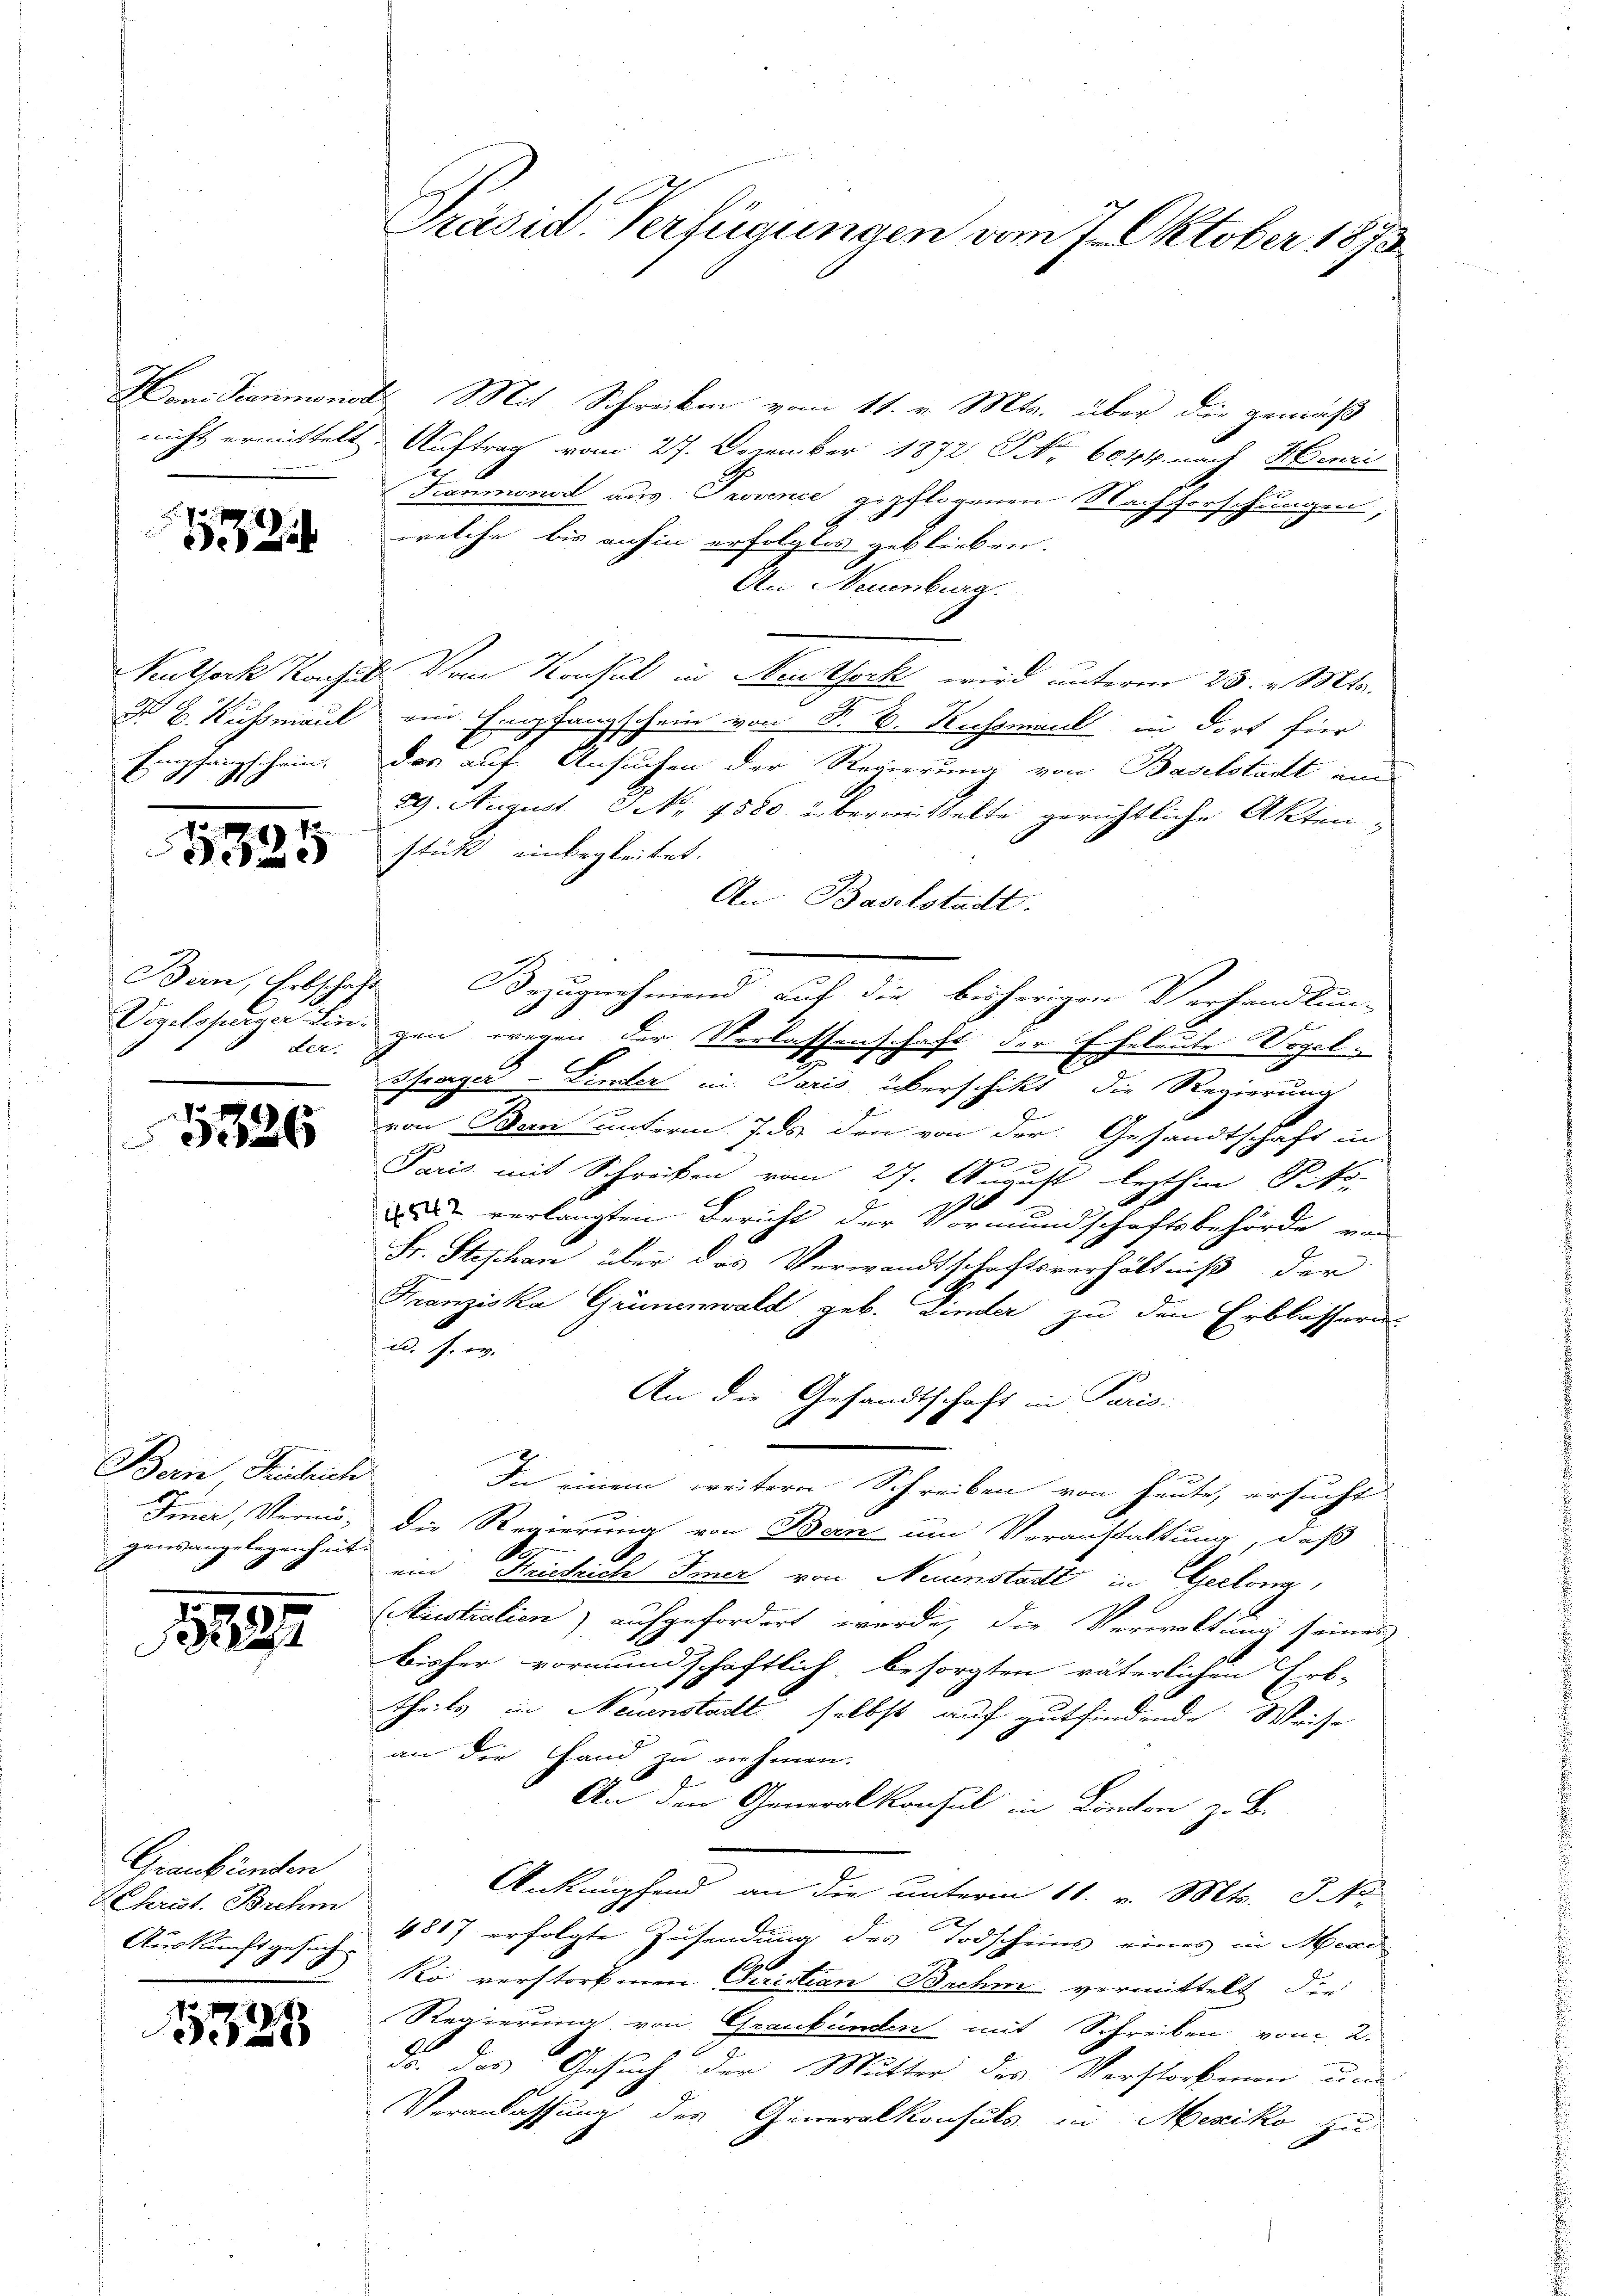
Honi Reaumonio.
nicht ermittelt

24

Neithork Konsur
D. B. Kussmaul
Empfangschein.

5335

Ban, Erbschaf
Vogelsperger Lin-
der.

5326

Bern Kurich
Immer, Vermögensangelegenheit.

1827

Graubünden
Christ. Brehm
Auskunft gesuch.

1323

Präsid. Verfügungen vom 7. Oktober 1873.

2 Mit Schreiben vom 11. v. Mts. über die gemäß
Auftrag vom 27. Dezember 1872 No 6044. nach Henri
Tramonat aus Provence gepflogenen Nachforschungen,
welche bis anhin erfolglos geblieben.
An Neuenburg.
 Vom Konsul in Nestock wird unterm 25. v. Mts.
ein Empfangschein von P. D. Rechsman in dort für
das auf Ansuchen der Regierung von Baselstadt im
29. August. N. 4580. übermittelte gerichtliche Akten,
stück einbegleitet.
An: Baselstadt.
 Bezugnehmend auf die bisherigen Verhandlun-
F
gen wegen der Verlassenschaft der Eheleute Vogel¬
Grazer Linder in Paris überschikt, die Regierung
2
von Bern unterm 7. ds den von der Gesandtschaft in
Paris mit Schreiben vom 27. August lezthin Soko
 verlangten Bericht der Vormundschaftsbehörde von
Fr. Stephan über das Verwandtschaftsverhältniß der
Franziska Grünenwald, geb. Linder zu den Erblasserun

An die Gesandtschaft in Paris.
In einem weitern Schreiben von heute, ersucht
die Regierung von Bern um Veranstattung, daß
ein Kriedrich Immer von Neunstadt in Geclong
Australien) aufgefordert werde, die Verwaltung seiner
bisher vormundschaftlich besorgten väterlichen Erb-
theils in Neuenstadt selbst auf gutfindende Weise
an die Hand zu nehmen.
An den Generalkonsul in London z. B.
Anknüpfend an die unterm 11. v. Mts. S. Nr.
4817 erfolgte Zusendung des Todscheins eines in Arau
Ro verstorbenen Curistian Buchm vermittelt, die
Regierung von Graubünden mit Schreiben vom 2.
d. Gesuch der Mutter des Verstorbenen und
Veranlassung des Generalkonsuls in Mexiko zu